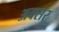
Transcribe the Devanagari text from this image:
अक्सर्